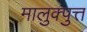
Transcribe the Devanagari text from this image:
मालुक्पुत्त